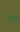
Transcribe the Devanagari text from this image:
इछरा